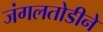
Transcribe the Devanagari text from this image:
जंगलतोडीने